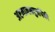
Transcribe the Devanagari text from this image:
अष्टमानसपुत्रांपैकी